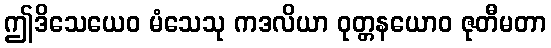
ဤဒိသေယေဝ မံသေသု ကဒလိယာ ဝုတ္တနယောဝ ဇုတီမတာ